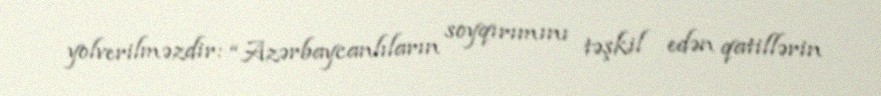
yolverilməzdir: “Azərbaycanlıların soyqırımını təşkil edən qatillərin